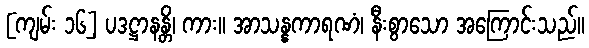
[ကျမ်း ၁၆] ပဒဋ္ဌာနန္တိ၊ ကား။ အာသန္နကာရဏံ၊ နီးစွာသော အကြောင်းသည်။